Medical and sanitary report of the native army of Madras for the year
Year: 1877
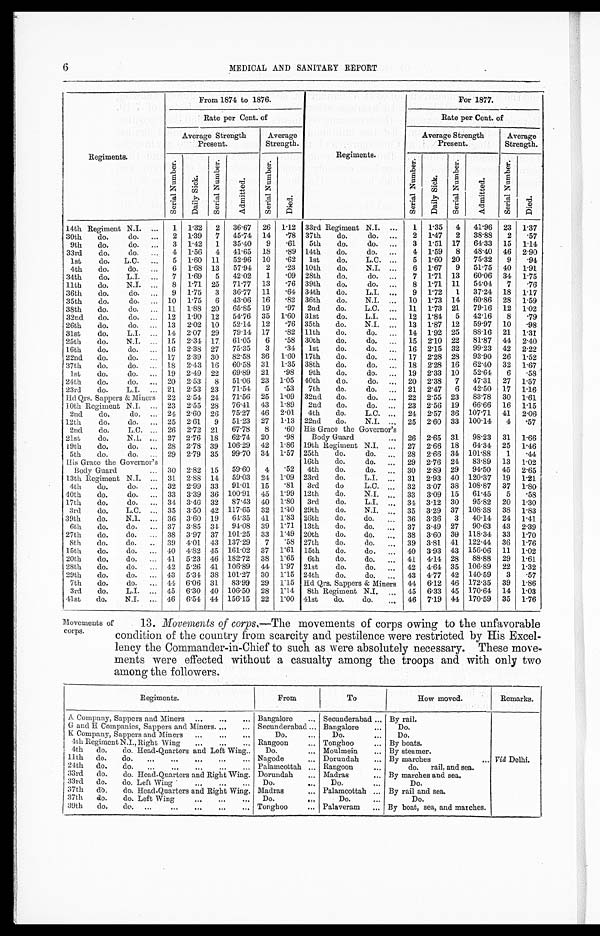
MEDICAL AND SANITARY REPORT
Regiments.
From 1874 to 1876.
Regiments.
For 1877.
Rate per Cent. of
Rate per Cent. of
Average Strength
Present.
Average
Strength.
Average Strength
Present.
Average
Strength.
S e r i a l N u m b e r .
D a i l y S i c k .
S e r i a l N u m b e r .
A d m i t t e d .
S e r i a l N u m b e r .
D i e d .
S e r i a l N u m b e r .
D a i l y S i c k .
S e r i a l N u m b e r .
A d m i t t e d .
S e r i a l N u m b e r .
D i e d .
14th Regiment N.I.
1 1.32 2 36.67 26 1.12 33rd Regiment N.I.
1 1.35 4 41.96 23 1.37
30th
do.
do.
2 1.39 7 45.74 14 .78 37th
do.
do.
2 1.47 2 38.88
2 .57
9th
do.
do.
3 1.42 1 35.40
9 .61 5th
do.
do.
3 1.51 17 64.33 15 1.14
33rd
do.
do.
4 1.56 4 41.65 18 .89 14th
do.
do.
4 1.59 8 48.40 46 2.90
1st
do. L.C.
5 1.60 11 52.96 10 .62 1st
do.
L.C.
5 1.60 20 75.32
9
.94
4th
do.
do.
6 1.68 13 57.94 2 .23 10th
do.
N.I.
6 1.67 9 51.75 40 1.91
34th
do.
L.I.
7 1.69 5 42.02
1 .09 28th
do.
do.
7 1.71 13 60.06 34 1.75
11th
do.
N.I.
8 1.71 25 71.77 13
.76 39th
do.
do.
8 1.71 11 54.04
7 .76
36th
do.
do.
9 1.75 3 36.77 11
.64 34th
do.
L.I.
9 1.72 1 37.24 18 1.17
35th
do.
do.
10 1.75 6 43.06 16
.82 36th
do.
N.I.
10 1.73 14 60.86 28 1.59
38th
do.
do.
11 1.88 20 65.85 19 .97 2nd
do.
L.C.
11 1.73 21 79.16 12 1.02
32nd
do.
do.
12 1.90 12 54.76 35 1.60 31st
do.
L.I.
12 1.84 5 42.16
8 .79
26th
do.
do.
13 2.02 10 52.14 12 .76 35th
do.
N.I.
13 1.87 12 59.97 10 .98
31st
do.
L.I.
14 2.07 29 79.14 17 .82 11th
do.
do.
14 1.92 25 88.16 21 1.31
25th
do.
N.I.
15 2.34 17 61.05
6 .58 30th
do.
do.
15 2.10 22 81.87 44 2.40
16th
do.
do.
16 2.38 27 75.35
3 .34 '1st
do.
do.
16 2.15 32 99.23 42 2.22
22nd
do.
do.
17 2.39 30 82.58 36 1.60 17th
do.
do.
17 2.28 28 93.90 26 1.52
37th
do.
do.
18 2.43 16 60.58 31 1.35 38th
do.
do.
18 2.28 16 62.40 32 1.67
1st
do.
do.
19 2.49 22 69.89 21 .98
9th
do.
do.
19 2.33 10 52.64
6 .58
24th
do.
do.
20 2.53 8 51.06 23 1.05 40th
do.
do.
20 2.38 7 47.31 27 1.57
23rd
do.
L.I.
21 2.53 23 71.54
5
.53
7th
do.
do.
21 2.47 6 42.50 17 1.16
Hd Qrs. Sappers & Miners 22 2.54 24 71.56 25 1.09 32nd
do.
do.
22 2.55 23 83.78 30 1.61
10th Regiment N.I.
23 2.55 28 76.41 43 1.89 2nd
do.
do.
23 2.56 19 66.66 16 1.15
2nd
do.
do.
24 2.60 26 75.27 46 2.01 4th
do.
L.C.
24 2.57 36 107.71 41 2.06
12th
do.
do.
25 2.61 9 51.23 27 1.13 22nd
do.
N.I.
25 2.60 33 100.14
4 .57
2nd
do.
L.C.
26 2.72 21 67.78
8 .60 His Grace the Governor's
Body Guard
26 2.65 31 98.23 31 1.66
21st
do.
N.I.
27 2.76 18 62.74 20 .98
19th
do.
do.
28 2.78 39 106.29 42 1.86 19th Regiment N.I.
27 2.66 18 64.34 25 1.46
5th
do.
do.
29 2.79 35 99.70 34 1.57 25th
do.
do.
28 2.66 34 101.88
1 .44
His Grace the Governor's
Body Guard
30 2.82 15 59.60
4 .52
16th
do.
do.
29 2.76 24 83.89 13 1.02
4th
do.
do.
30 2.89 29 94.50 45 2.65
13th Regiment N.I.
31 2.88 14 59.03 24 1.09 23rd
do.
L.I.
31 2.93 40 120.37 19 1.21
4th
do.
do.
32 2.99 33 91.01 15 .81 3rd
do
L.C.
32 3.07 38 108.87 37 1.80
40th
do.
do.
33 3.39 36 100.91 45 1.99 12th
do.
N.I.
33 3.09 15 61.45
5 .58
17th
do.
do.
34 3.40 32 87.43 40 1.80 3rd
do.
L.I.
34 3.12 30 95.82 20 1.30
3rd
do.
L.C.
35 3.50 42 117.65 32 1.40 29th
do.
N.I.
35 3.29 37 108.38 38 1.83
39th
do.
N.I.
36 3.60 19 64.35 41 1.83 26th
do.
do.
36 3.36 3 40.14 24 1.41
6th
do.
do.
37 3.85 34 94.08 39 1.71 13th
do.
do.
37 3.49 27 90.63 43 2.39
27th
do.
do.
38 3.97 37 101.25 33 1.49 20th
do.
do.
38 3.60 39 118.34 33 1.70
8th
do.
do.
39 4.01 43 137.29
7 .58 27th
do.
do.
39 3.81 41 122.44 36 1.76
15th
do.
do.
40 4.82 45 161.02 37 1.61 15th
do.
do.
40 3.93 43 156.06 11 1.02
20th
do.
do.
41 5.23 46 182.72 38 1.65 6th
do.
do.
41 4.14 28 88.88 29 1.61
28th
do.
do.
42 5.26 41 106.89 44 1.97 21st
do.
do.
42 4.64 35 106.89 22 1.32
29th
do.
do.
43 5.34 38 101.27 30 1.15 24th
do.
do.
43 4.77 42 140.59
3 .57
7th
do.
do.
44 6.06 31 83.99 29 1.15 Hd Qrs. Sappers & Miners 44 6.12 46 172.35 39 1.86
3rd
do.
L.I.
45 6.30 40 106.50 28 1.14 8th Regiment N.I.
45 6.33 45 170.64 14 1.03
41st
do.
N.I.
46 6.54 44 156.15 22 1.00 41st
do.
do.
46 7.19 44 170.59 35 1.76
Movements of
corps.
13. Movements of corps.— The movements of corps owing to the unfavorable
condition of the country from scarcity and pestilence were restricted by His Excel
-lency the Commander-in-Chief to such as were absolutely necessary. These move
-ments were effected without a casualty among the troops and with only two
among the followers.
Regiments.
From
To
How moved.
Remarks.
A Company, Sappers and Miners
Bangalore
Secunderabad
By rail.
Viâ Delhi.
G and H Companies, Sappers and Miners.
Secunderabad
Bangalore
Do.
K Company, Sappers and Miners
Do.
Do.
Do.
4th Regiment N.I., Right Wing
Rangoon
Tonghoo
By boats.
4th do.
do. Head-Quarters and Left Wing
Do.
Moulmein
By steamer.
11th do.
do.
Nagode
Dorundah
By marches
24th do.
do.
Palamcottah
Rangoon
do. rail, and sea.
33rd do.
do. Head-Quarters and Right Wing. Dorundah
Madras
By marches and sea.
33rd do.
do. Left Wing
Do.
Do.
Do.
37th do.
do. Head-Quarters and Right Wing. Madras
Palamcottah
By rail and sea.
37th do.
do. Left Wing
Do.
Do.
Do.
39th
do.
do.
Tonghoo
Palaveram
By boat, sea, and marches.